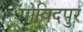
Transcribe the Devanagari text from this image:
गोविदपुर